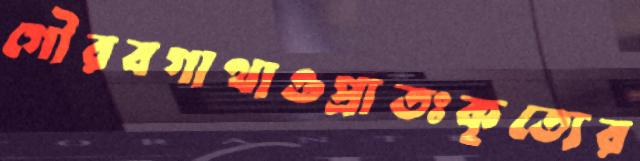
গৌরবগাথাওপ্রাতঃকৃত্যের